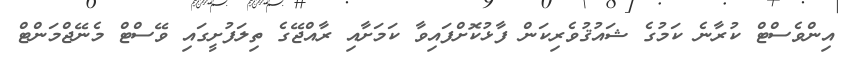
އިންވެސްޓް ކުރާނެ ކަމުގެ ޝައުޤުވެރިކަން ފާޅުކޮށްފައިވާ ކަމަށާއި ރާއްޖޭގެ ތިލަފުށީގައި ވޭސްޓް މެނޭޖްމަންޓް